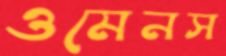
ওমেনস